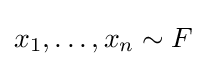
x_{1},\ldots ,x_{n}\sim F